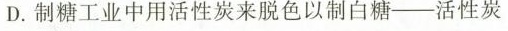
D.制糖工业中用活性炭来脱色以制白糖-活性炭